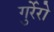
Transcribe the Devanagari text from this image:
गुर्रेरो